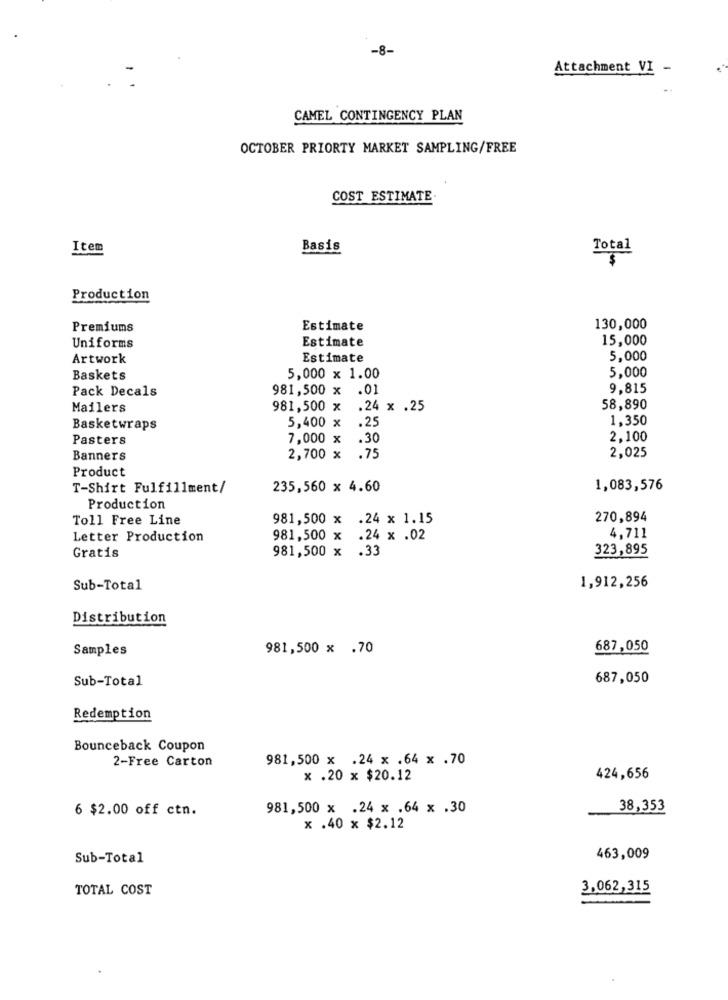
-8-
Attachment VI -
CAMEL CONTINGENCY PLAN
OCTOBER PRIORTY MARKET SAMPLING/FREE
COST ESTIMATE.
Item
Basis
Total
Production
Premiums
Estimate
130,000
Estimate
15,000
Uniforms
Artwork
Estimate
5,000
5,000
Baskets
5,000 x 1.00
Pack Decals
981,500 x .01
9,815
Mailers
981,500 x
.24 x .25
58,890
5,400 x
.25
1,350
Basketwraps
Pasters
7,000 x
XXX
.30
2,100
2,025
Banners
2,700 x .75
Product
T-Shirt Fulfillment/
235,560 x 4.60
1,083,576
Production
Toll Free Line
981,500 x .24 x 1.15
270,894
Letter Production
981,500 x
.24 x .02
4,711
981,500 x .33
323,895
Gratis
Sub-Total
1,912,256
Distribution
Samples
981,500 x .70
687,050
Sub-Total
687,050
Redemption
Bounceback Coupon
2-Free Carton
981,500 x .24 x .64 x .70
x .20 x $20.12
424,656
6 $2.00 off ctn.
981,500 x .24 x .64 x .30
38,353
x .40 x $2.12
Sub-Total
463,009
TOTAL COST
3,062,315